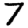
Digit: 7